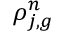
\rho _ { j , g } ^ { n }